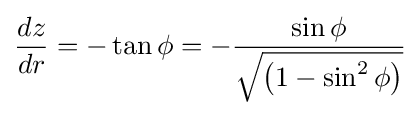
{\frac {dz}{dr}}=-\tan \phi =-{\frac {\sin \phi }{\sqrt {\left(1-\sin ^{2}\phi \right)}}}